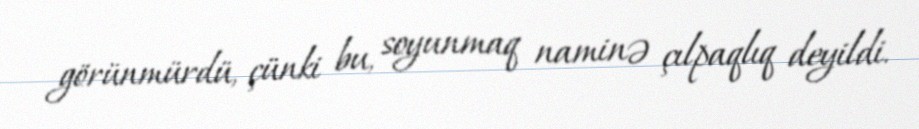
görünmürdü, çünki bu, soyunmaq naminə çılpaqlıq deyildi.